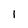
Character: 1